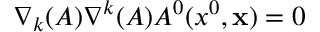
\nabla _ { k } ( A ) \nabla ^ { k } ( A ) A ^ { 0 } ( x ^ { 0 } , { \bf x } ) = 0